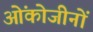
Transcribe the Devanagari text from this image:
ओंकोजीनों